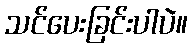
သင်ပေးခြင်းပါပဲ။